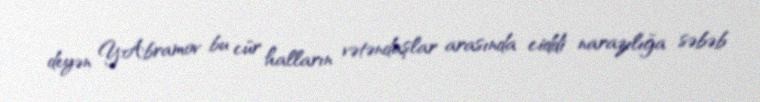
deyən Y.Abramov bu cür halların vətəndaşlar arasında ciddi narazılığa səbəb